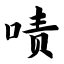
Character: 啧